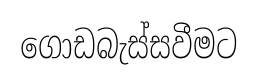
ගොඩබැස්සවීමට